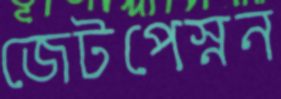
জেটপেস্নন